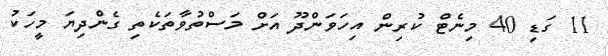
11 ގަޑި 40 މިނެޓް ކުރިން އިހަވަންދޫ އަށް މަސްތުވާތަކެތި ގެންދިޔަ މީހަކު